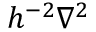
h ^ { - 2 } \nabla ^ { 2 }